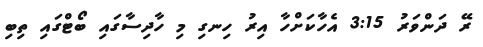
ރޭ ދަންވަރު 3:15 އެހާކަށްހާ އިރު ހިނގި މި ހާދިސާގައި ބޯޓްގައި ތިބި